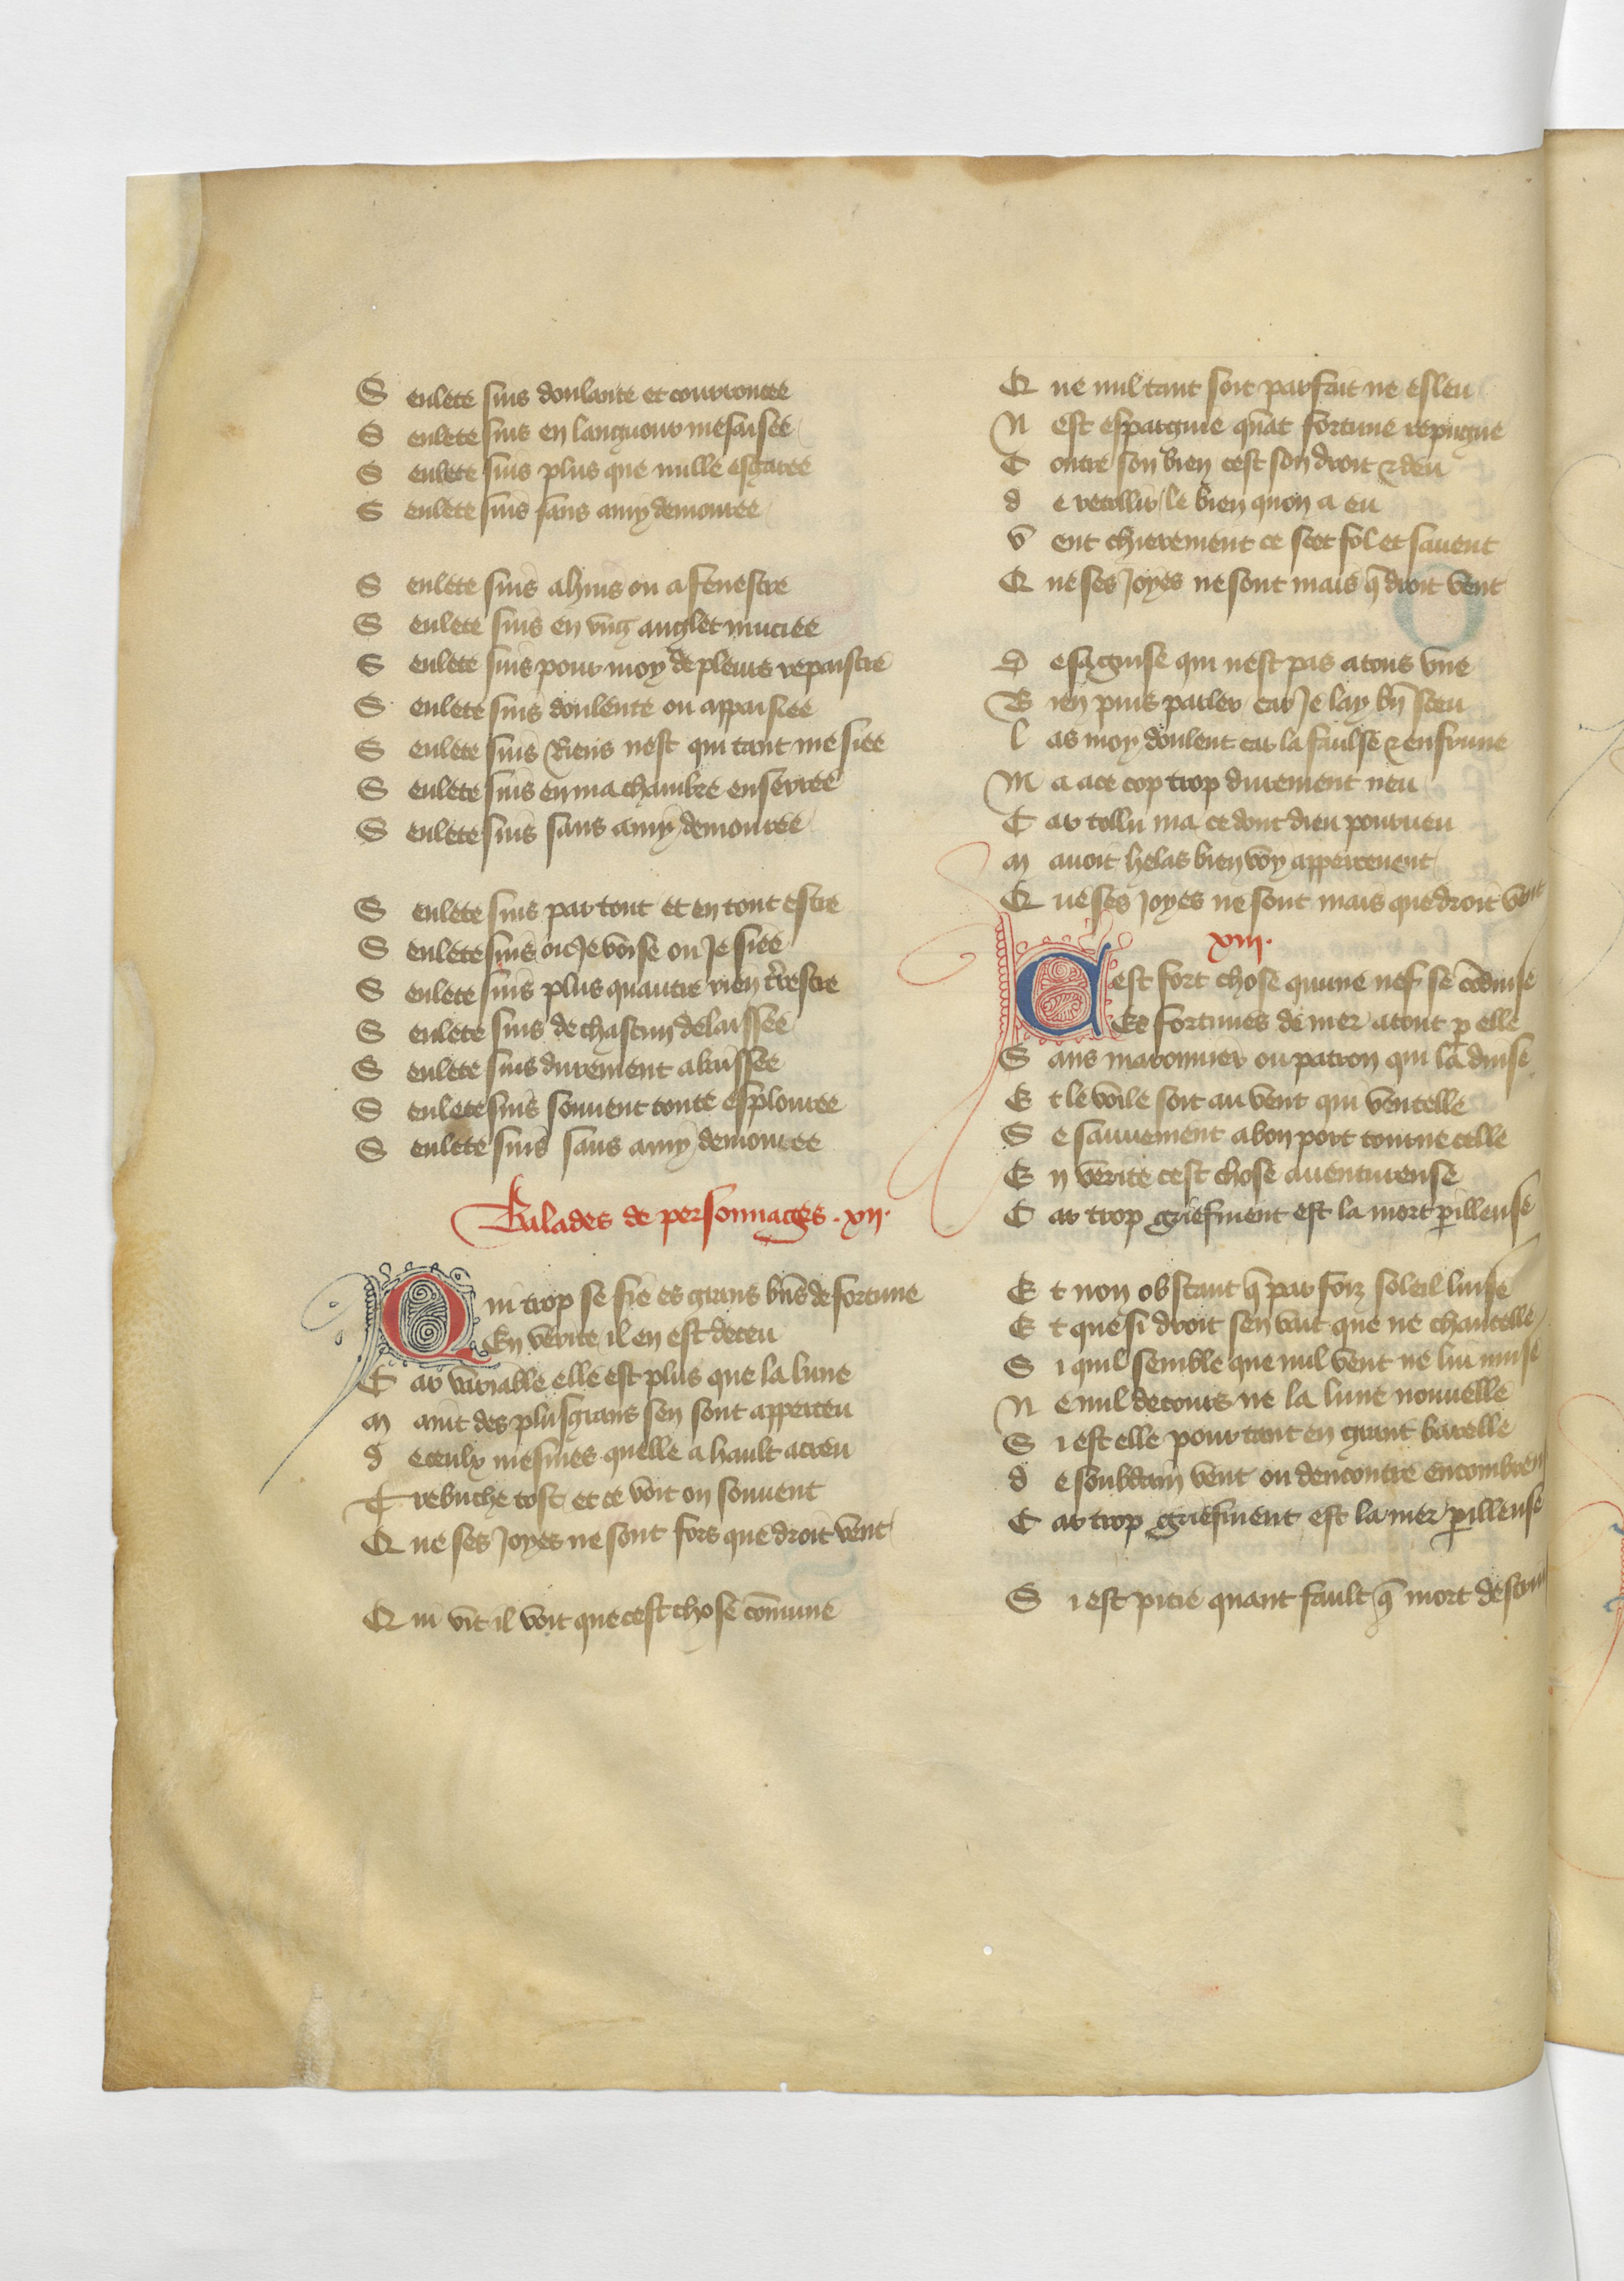
Shelfmark: Paris, BnF, fr. 12779
Century: 15